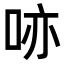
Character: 𠲔